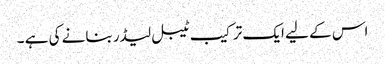
اس کے لیے ایک ترکیب ٹیبل لیڈر بنانے کی ہے ۔